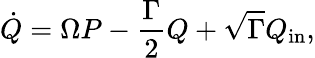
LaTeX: \dot{Q}=\Omega P-\frac{\Gamma}{2}Q+\sqrt{\Gamma}Q_{\mathrm{in}},